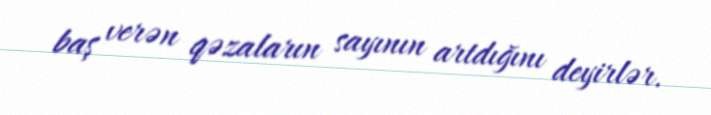
baş verən qəzaların sayının artdığını deyirlər.